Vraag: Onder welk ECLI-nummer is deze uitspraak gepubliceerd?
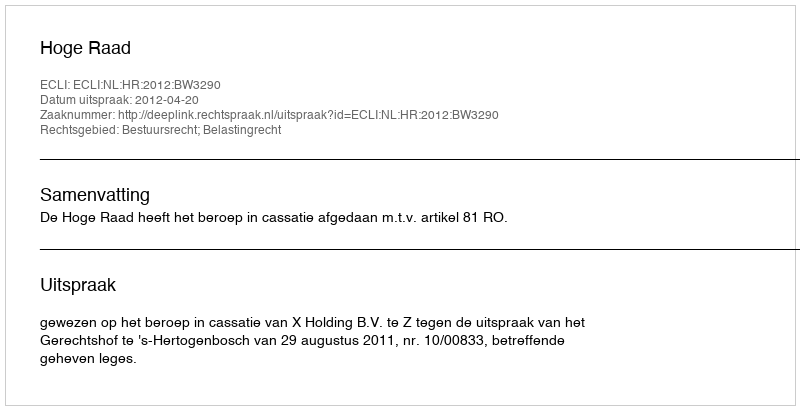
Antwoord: ECLI:NL:HR:2012:BW3290